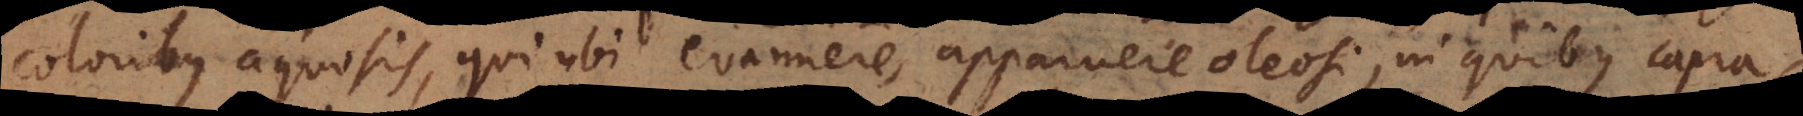
coloribus aquosis, qui ubi evanuere, apparuere oleosi, in quibus capra,